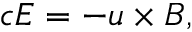
\begin{array} { r } { c \boldsymbol { E } = - \boldsymbol { u } \times \boldsymbol { B } , } \end{array}